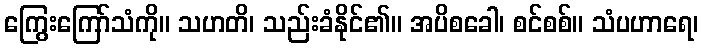
ကြွေးကြော်သံကို။ သဟတိ၊ သည်းခံနိုင်၏။ အပိစခေါ၊ စင်စစ်။ သံပဟာရေ၊